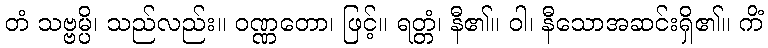
တံ သဗ္ဗမ္ပိ၊ သည်လည်း။ ဝဏ္ဏတော၊ ဖြင့်။ ရတ္တံ၊ နီ၏။ ဝါ၊ နီသောအဆင်းရှိ၏။ ကိံ